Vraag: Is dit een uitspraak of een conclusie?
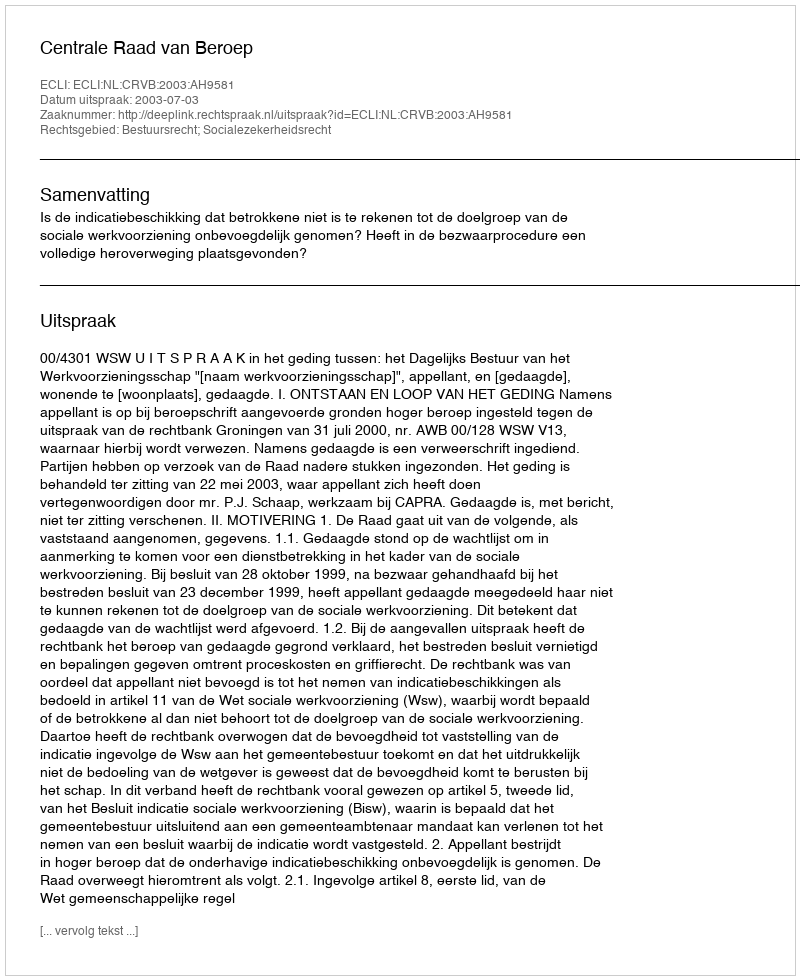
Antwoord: Uitspraak